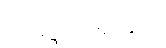
သမုဒ္ဒရာအတွင်း